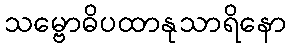
သမ္ဗောဓိပထာနုသာရိနော